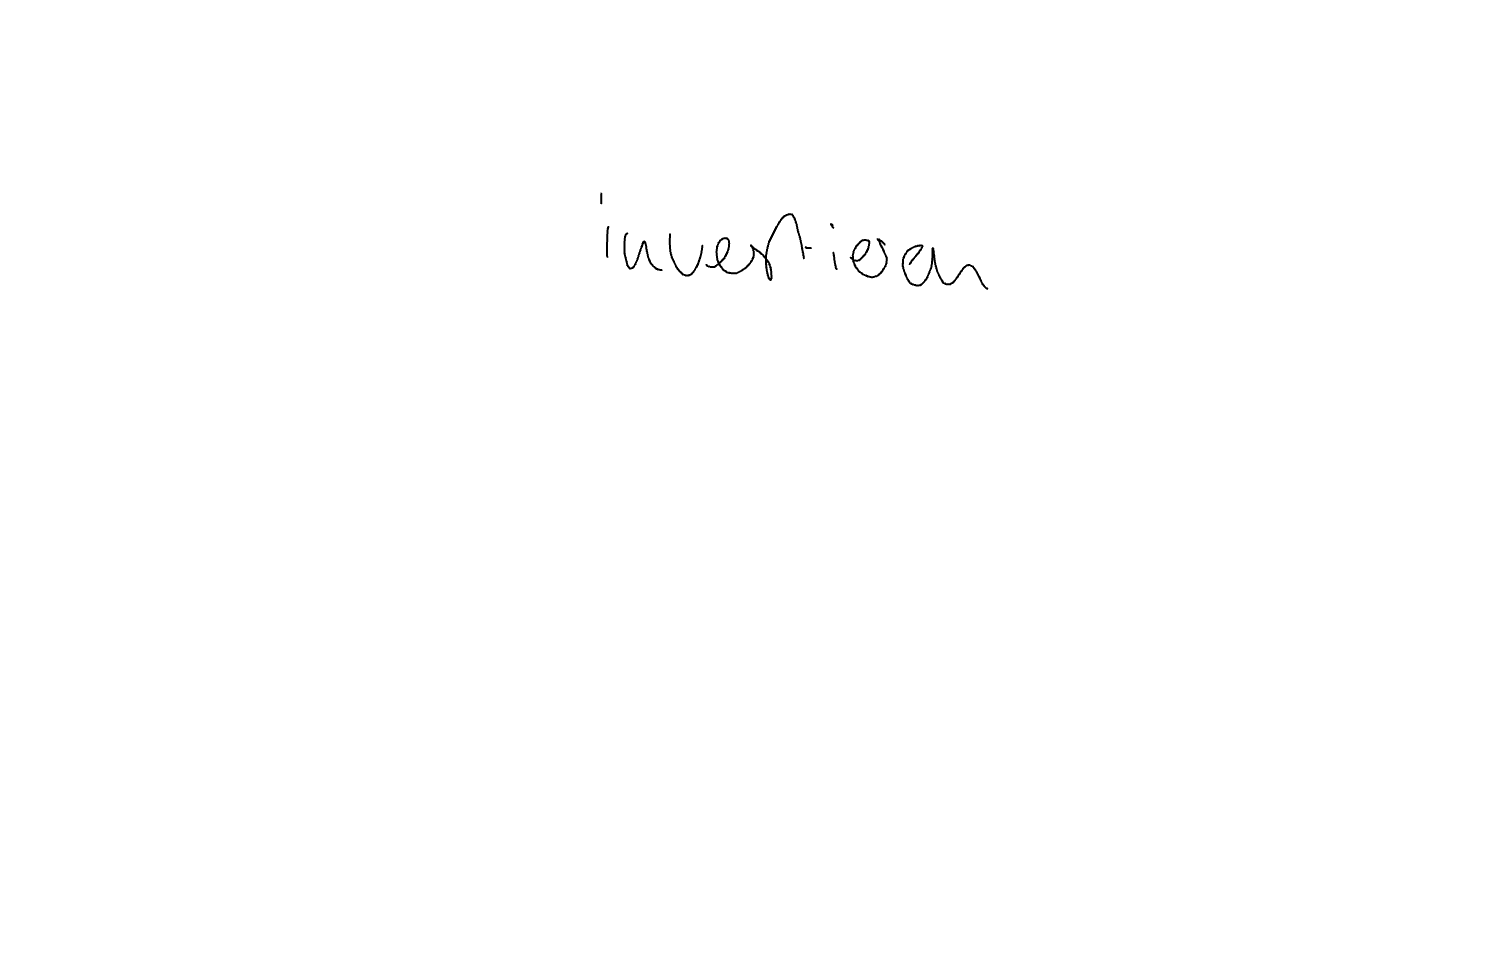
Text: investieren